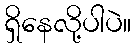
ရှိနေလို့ပါပဲ။